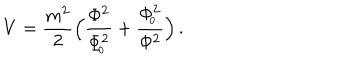
LaTeX: V = { \frac { m ^ { 2 } } { 2 } } \Big ( { \frac { \Phi ^ { 2 } } { \Phi _ { \! _ { 0 } } ^ { 2 } } } + { \frac { \Phi _ { \! _ { 0 } } ^ { 2 } } { \Phi ^ { 2 } } } \Big ) \, .